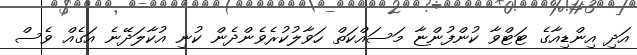
އަދި އިންޑިއާގެ ޓަޓްވާ ކުންފުންޏާ މަސައްކަތް ހަވާލުކުރެވެންދެން ކުނި އުކާލަދޭނެ އަގެއް ވެސް